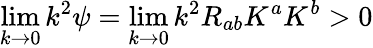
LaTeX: \operatorname*{lim}_{k\rightarrow 0}k^{2}\psi=\operatorname*{lim}_{k\rightarrow 0}k^{2}R_{ab}K^{a}K^{b}>0